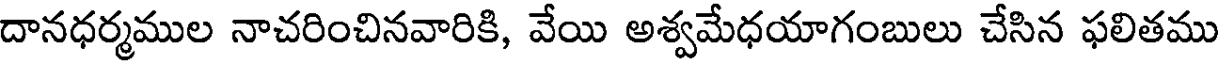
దానధర్మముల నాచరించినవారికి, వేయి అశ్వమేధయాగంబులు చేసిన ఫలితము